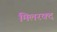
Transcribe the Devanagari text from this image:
मिलरक्द